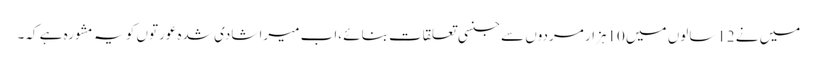
میں نے 12سالوں میں 10ہزار مردوں سے جنسی تعلقات بنائے ،اب میرا شادی شدہ عورتوں کو یہ مشورہ ہے کہ۔